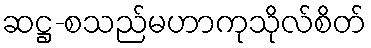
ဆဋ္ဌ-စသည်မဟာကုသိုလ်စိတ်